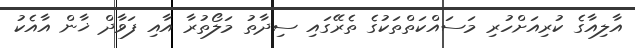
އާލިއާގެ ކުރިއަށްހުރި މަސައްކަތްތަކުގެ ތެރޭގައި ސިދާތު މަލޯތުރާ އާއި ފަވާދް ޚާން އާއެކު